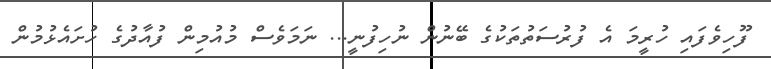
ފޫހިވެފައި ހުރީމަ އެ ފުރުސަތުތަކުގެ ބޭނުން ނުހިފުނީ... ނަމަވެސް މުއުމިން ފުއާދުގެ ހުށައެޅުމުން